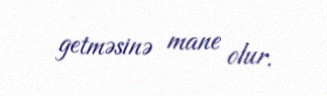
getməsinə mane olur.